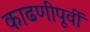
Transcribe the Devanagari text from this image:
काढणीपूर्वी